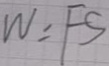
W = F S